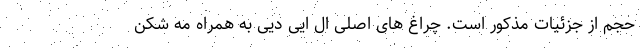
حجم از جزئیات مذکور است. چراغ های اصلی ال ایی دیی به همراه مه شکن